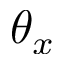
\theta _ { x }